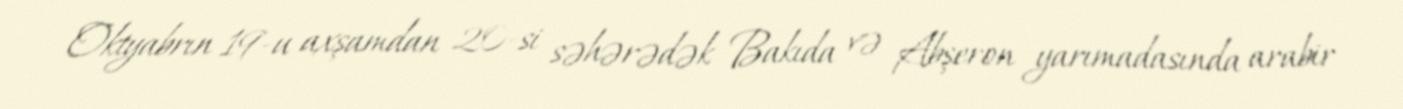
Oktyabrın 19-u axşamdan 20-si səhərədək Bakıda və Abşeron yarımadasında arabir